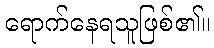
ရောက်နေရသူဖြစ်၏။